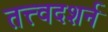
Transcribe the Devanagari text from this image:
तत्त्वदशर्न